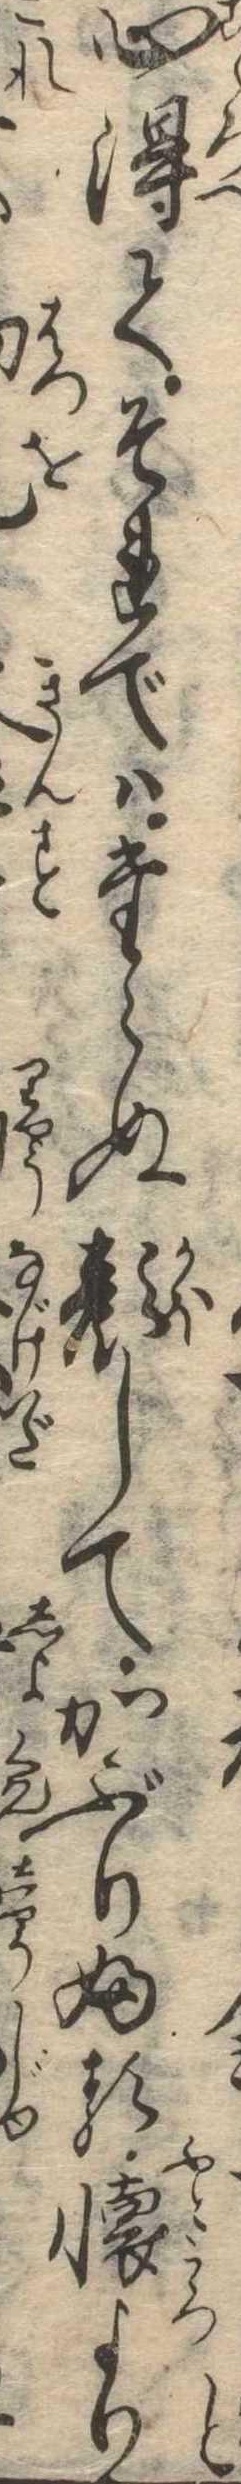
と心得てそれではたらぬ顔してかぶりふる懐より